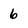
Character: 6